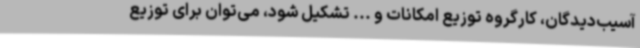
آسیب‌دیدگان، کارگروه توزیع امکانات و ... تشکیل شود، می‌توان برای توزیع